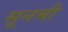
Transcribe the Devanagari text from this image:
सूनमी